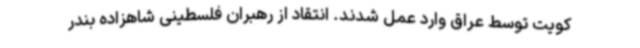
کویت توسط عراق وارد عمل شدند. انتقاد از رهبران فلسطینی شاهزاده بندر